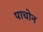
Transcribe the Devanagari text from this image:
पाचोन